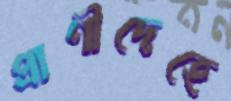
প্রাণীদেহে